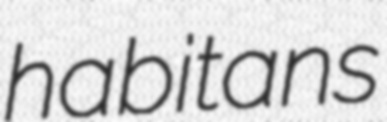
habitans